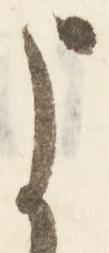
よ